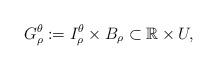
LaTeX: \begin{align*}G_\rho^\theta :=I_\rho^\theta \times B_\rho \subset \mathbb{R} \times U,\end{align*}